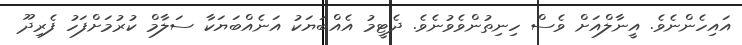
އައިހެންނެވެ. އީނާލްއަށް ވެސް ހިނިތުންވެވުނެވެ. ދެޓީމު އެއްބަޔަކު އަނެއްބަޔަކާ ސަލާމް ކުރުމަށްފަހު ފެރިދޫ